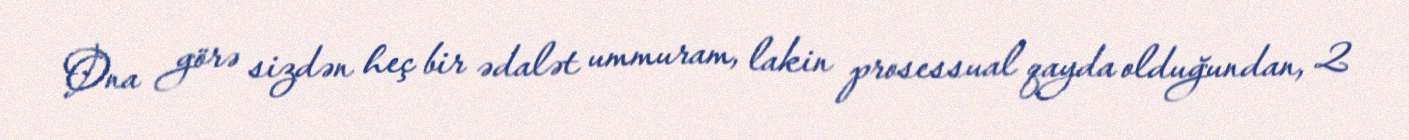
Ona görə sizdən heç bir ədalət ummuram, lakin prosessual qayda olduğundan, 2